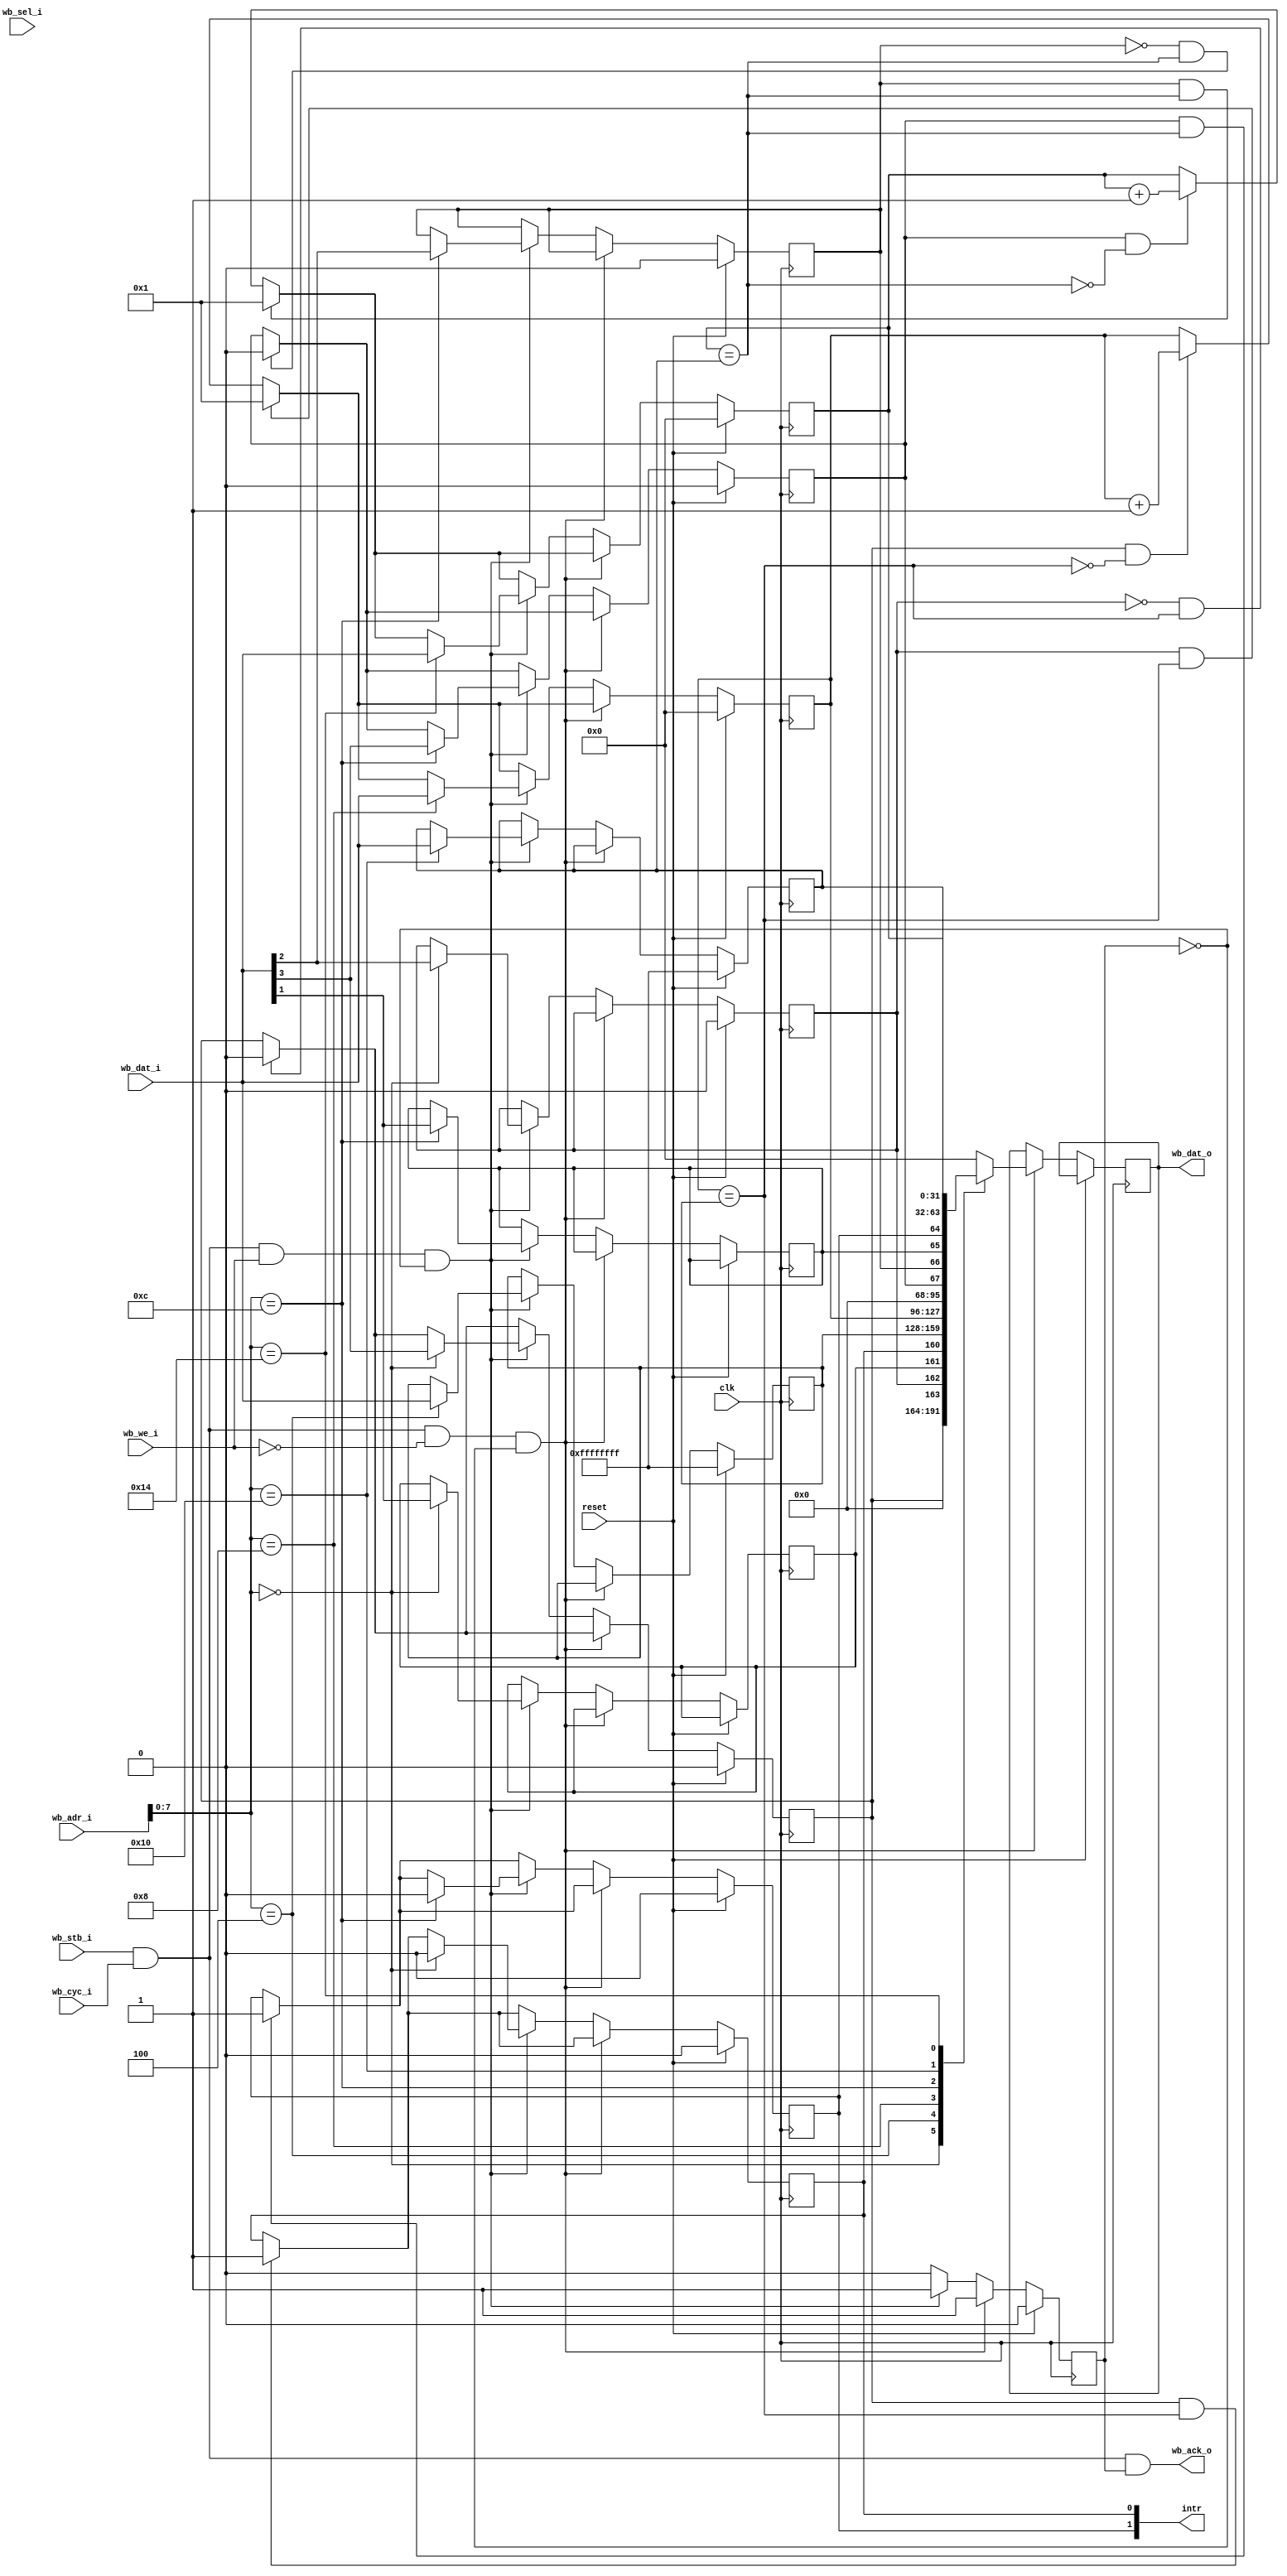
//---------------------------------------------------------------------------
//
// Wishbone Timer
//
// Register Description:
//
//    0x00 TCR0
//    0x04 COMPARE0
//    0x08 COUNTER0
//    0x0C TCR1
//    0x10 COMPARE1
//    0x14 COUNTER1
//
// TCRx:  
//    +-------------------+-------+-------+-------+-------+
//    |     28'b0         |  EN   |  AR   | IRQEN |  TRIG |
//    +-------------------+-------+-------+-------+-------+
//
//   EN i  (rw)   if set to '1', COUNTERX counts upwards until it reaches
//                COMPAREX
//   AR    (rw)   AutoRecwstartload -- if COUNTER reaches COMPAREX, shall we 
//                restart at 1, or disable this counter?
//   IRQEN (rw)   Indicate interrupt condition when triggered?
//   TRIG  (ro)   
//
//---------------------------------------------------------------------------

module wb_timer #(
	parameter          clk_freq = 50000000
) (
	input              clk,
	input              reset,
	// Wishbone interface
	input              wb_stb_i,
	input              wb_cyc_i,
	output             wb_ack_o,
	input              wb_we_i,
	input       [31:0] wb_adr_i,
	input        [3:0] wb_sel_i,
	input       [31:0] wb_dat_i,
	output reg  [31:0] wb_dat_o,
	//
	output       [1:0] intr
);

//---------------------------------------------------------------------------
// 
//---------------------------------------------------------------------------

reg irqen0, irqen1;
reg trig0, trig1;
reg en0, en1;
reg ar0, ar1;

wire [31:0] tcr0 = { 28'b0, en0, ar0, irqen0, trig0 };
wire [31:0] tcr1 = { 28'b0, en1, ar1, irqen1, trig1 };

reg  [31:0] counter0;
reg  [31:0] counter1;

reg  [31:0] compare0;
reg  [31:0] compare1;

wire match0 = (counter0 == compare0);
wire match1 = (counter1 == compare1);

assign intr = { trig1, trig0 };

reg  ack;
assign wb_ack_o = wb_stb_i & wb_cyc_i & ack;

wire wb_rd = wb_stb_i & wb_cyc_i & ~wb_we_i;
wire wb_wr = wb_stb_i & wb_cyc_i &  wb_we_i;

always @(posedge clk)
begin
	if (reset) begin
		ack      <= 0;
		en0      <= 0;
		en1      <= 0;
		ar0      <= 0;
		ar1      <= 0;
		trig0    <= 0;
		trig1    <= 0;
		counter0 <= 0;
		counter1 <= 0;
		compare0 <= 32'hFFFFFFFF;
		compare1 <= 32'hFFFFFFFF;
	end else begin

		// Handle counter 0
		if ( en0 & ~match0) counter0 <= counter0 + 1;
		if ( en0 &  match0) trig0    <= 1;
		if ( ar0 &  match0) counter0 <= 1;
		if (~ar0 &  match0) en0      <= 0;

		// Handle counter 1
		if ( en1 & ~match1) counter1 <= counter1 + 1;
		if ( en1 &  match1) trig1    <= 1;
		if ( ar1 &  match1) counter1 <= 1;
		if (~ar1 &  match1) en1      <= 0;

		// Handle WISHBONE access
		ack    <= 0;

		if (wb_rd & ~ack) begin           // read cycle
			ack <= 1;

			case (wb_adr_i[7:0])
			'h00: wb_dat_o <= tcr0;
			'h04: wb_dat_o <= compare0;
			'h08: wb_dat_o <= counter0;
			'h0c: wb_dat_o <= tcr1;
			'h10: wb_dat_o <= compare1;
			'h14: wb_dat_o <= counter1;
			default: wb_dat_o <= 32'b0;
			endcase
		end else if (wb_wr & ~ack ) begin // write cycle
			ack <= 1;

			case (wb_adr_i[7:0])
			'h00: begin
				trig0   <= 0;
				irqen0  <= wb_dat_i[1];
				ar0     <= wb_dat_i[2];
				en0     <= wb_dat_i[3];
			end
			'h04: compare0 <= wb_dat_i;
			'h08: counter0 <= wb_dat_i;
			'h0c: begin
				trig1   <= 0;
				irqen1  <= wb_dat_i[1];
				ar1     <= wb_dat_i[2];
				en1     <= wb_dat_i[3];
			end
			'h10: compare1 <= wb_dat_i;
			'h14: counter1 <= wb_dat_i;
			endcase
		end
	end
end


endmodule